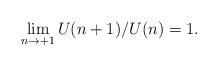
LaTeX: \begin{align*}\lim_{n\rightarrow +1}U(n+1)/U(n)=1. \end{align*}